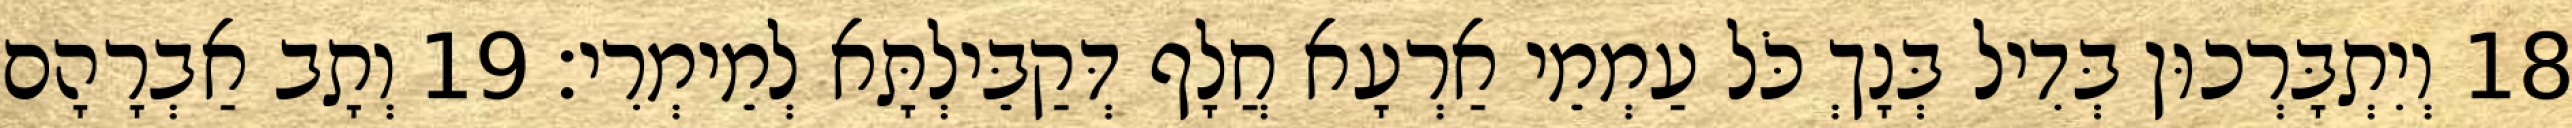
18 וְיִתְבָּרְכוּן בְּדִיל בְּנָךְ כֹּל עַמְמֵי אַרְעָא חֲלָף דְּקַבֵּילְתָּא לְמֵימְרִי׃ 19 וְתָב אַבְרָהָם